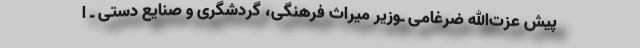
پیش عزت‌الله ضرغامی ـ‌وزیر میراث فرهنگی، گردشگری و صنایع دستی ـ ا